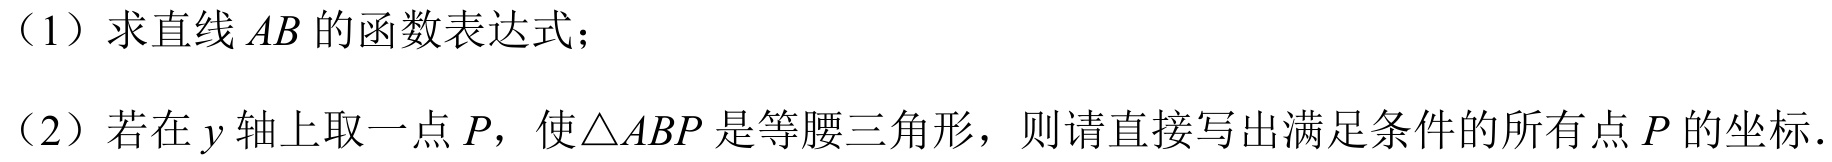
（1）求直线 \(AB\) 的函数表达式；
（2）若在 \(y\) 轴上取一点 \(P\)，使\(\triangle ABP\) 是等腰三角形，则请直接写出满足条件的所有点 \(P\) 的坐标.